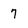
Character: 7